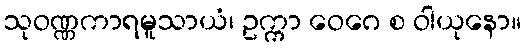
သုဝဏ္ဏကာရမူသာယံ၊ ဥက္ကာ ဝေဂေ စ ဝါယုနော။